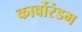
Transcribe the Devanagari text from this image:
कार्वोरंडम